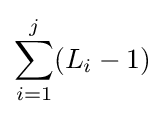
\sum _{i=1}^{j}(L_{i}-1)